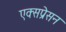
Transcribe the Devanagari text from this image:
एक्सप्रेसन